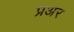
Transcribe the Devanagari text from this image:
प्रअर